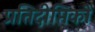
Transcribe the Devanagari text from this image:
प्रतिदीप्तिकों